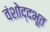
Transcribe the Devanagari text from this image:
वंशोद्दभूत